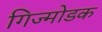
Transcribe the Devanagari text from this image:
गिज्मोडक